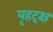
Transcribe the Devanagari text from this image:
बृहदृक्ष